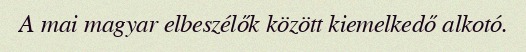
A mai magyar elbeszélők között kiemelkedő alkotó.